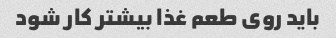
باید روی طعم غذا بیشتر کار شود